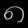
Digit: ၈